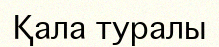
Қала туралы